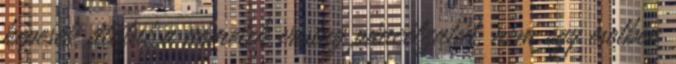
képesek átütni a németek vastag páncélzatát, nem egy esetben